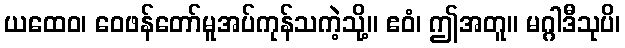
ယထေဝ၊ ဝေဖန်တော်မူအပ်ကုန်သကဲ့သို့။ ဧဝံ၊ ဤအတူ။ မဂ္ဂါဒီသုပိ၊